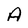
Character: A